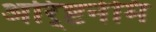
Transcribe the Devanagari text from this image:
अरि्ष्टनेमि